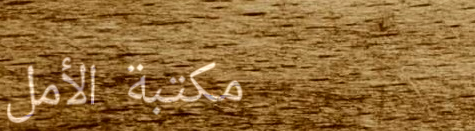
مكتبة الأمل